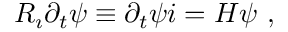
R _ { \i } \partial _ { t } \psi \equiv \partial _ { t } \psi i = H \psi ~ ,